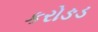
કરોઙડ